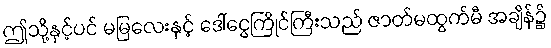
ဤသို့နှင့်ပင် မမြလေးနှင့် ဒေါ်ငွေကြိုင်ကြီးသည် ဇာတ်မထွက်မီ အချိန်၌